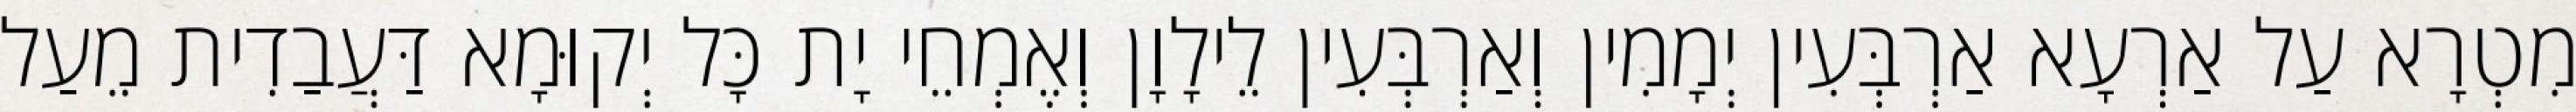
מִטְרָא עַל אַרְעָא אַרְבְּעִין יְמָמִין וְאַרְבְּעִין לֵילָוָן וְאֶמְחֵי יָת כָּל יְקוּמָא דַּעֲבַדִית מֵעַל